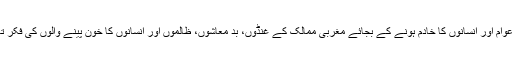
وہ عوام اور انسانوں کا خادم ہونے کے بجائے مغربی ممالک کے غنڈوں، بد معاشوں، ظالموں اور انسانوں کا خون پینے والوں کی فکر تھی۔